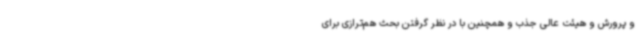
و پرورش و هیئت عالی جذب و همچنین با در نظر گرفتن بحث هم‌ترازی برای